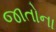
જાતોના